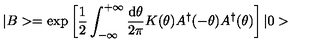
| B > = \exp \left[ \frac { 1 } { 2 } \int _ { - \infty } ^ { + \infty } \frac { \mathrm { d } \theta } { 2 \pi } K ( \theta ) A ^ { \dagger } ( - \theta ) A ^ { \dagger } ( \theta ) \right] | 0 >